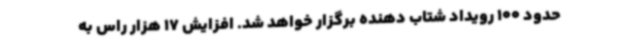
حدود 100 رویداد شتاب دهنده برگزار خواهد شد. افزایش 17 هزار راس به